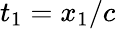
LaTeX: t_{1}=x_{1}/c